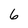
Character: 6